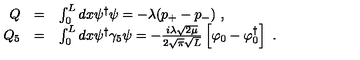
\begin{array} { r c l } { Q } & { = } & { \int _ { 0 } ^ { L } d x \psi ^ { \dagger } \psi = - \lambda ( p _ { + } - p _ { - } ) \ , } \\ { Q _ { 5 } } & { = } & { \int _ { 0 } ^ { L } d x \psi ^ { \dagger } \gamma _ { 5 } \psi = - \frac { i \lambda \sqrt { 2 \mu } } { 2 \sqrt { \pi } \sqrt { L } } \left[ \varphi _ { 0 } - \varphi _ { 0 } ^ { \dagger } \right] \ . } \\ \end{array}